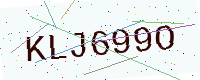
Text: KLJ699O